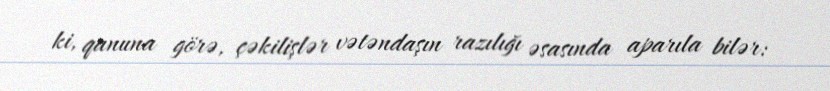
ki, qanuna görə, çəkilişlər vətəndaşın razılığı əsasında aparıla bilər: